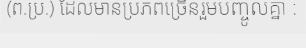
(ព.ប្រ.) ដែលមានប្រភពច្រើនរួមបញ្ចូលគ្នា :